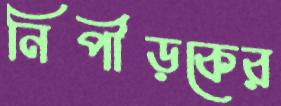
নিপীড়কের